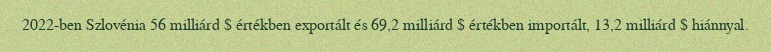
2022-ben Szlovénia 56 milliárd $ értékben exportált és 69,2 milliárd $ értékben importált, 13,2 milliárd $ hiánnyal.